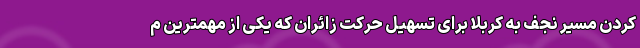
کردن مسیر نجف به کربلا برای تسهیل حرکت زائران که یکی از مهمترین م